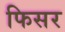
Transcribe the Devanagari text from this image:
फिसर